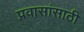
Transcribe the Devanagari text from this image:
प्रवासांसाठी